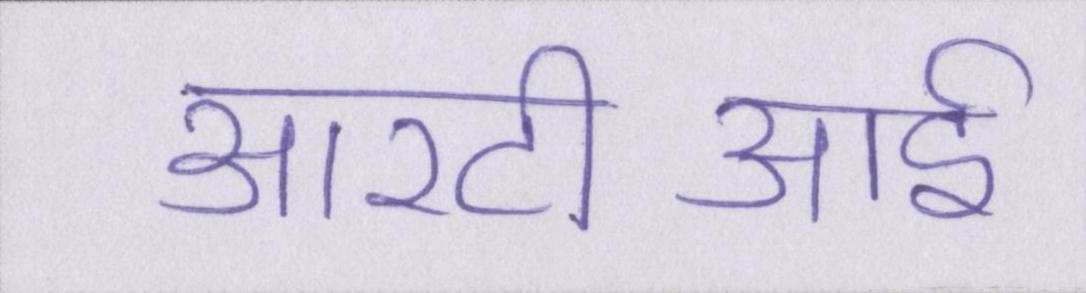
आरटीआई